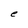
Character: e